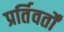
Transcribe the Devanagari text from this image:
प्रर्तिवर्तों